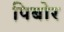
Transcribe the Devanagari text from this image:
पिबोर